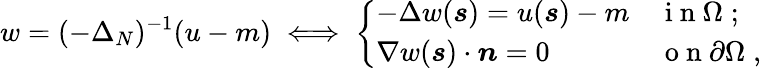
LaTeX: w=(-\Delta_{N})^{-1}(u-m)\iff\left\{ \begin{array}{ll}{-\Delta w(\boldsymbol{s})=u(\boldsymbol{s})-m}&{\mathrm{~i~n~}\Omega\; ;}\\ {\nabla w(\boldsymbol{s})\cdot\boldsymbol{n}=0}&{\mathrm{~o~n~}\partial\Omega\; ,}\end{array}\right.